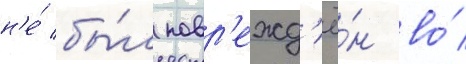
н'е́ бы́л повр'ежд'ё́н во́